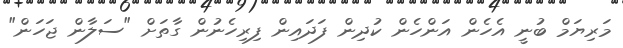
މަރިޔަމް ބުނީ އެހެން އަންހެން ކުދިން ފަދައިން ފިރިހެނުން ގާތަށް "ސަލާން ޖަހަން"